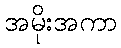
အမိုးအကာ